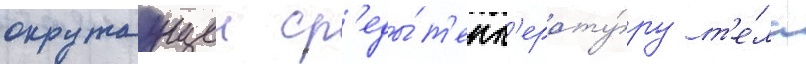
окружаущеи ср'еды́ т'емп'ерату́ру т'е́ла